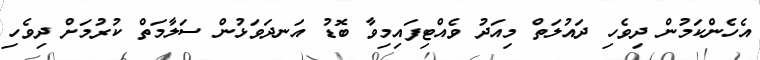
އެހެންކަމުން ދިވެހި ދައުލަތް މިއަދު ވެއްޓިފައިމިވާ ބޮޑު އަނދަވަޅުން ސަލާމަތް ކުރުމަށް ދިވެހި